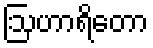
ဩဟာရိတော